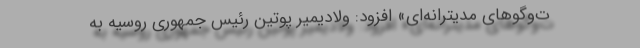
ت‌وگوهای مدیترانه‌ای»‌ افزود: ولادیمیر پوتین رئیس جمهوری روسیه به